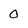
Character: 0